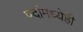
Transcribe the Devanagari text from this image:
पदांमध्येही